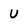
Character: U